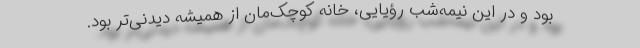
بود و در این نیمه‌شب رؤیایی، خانه کوچک‌مان از همیشه دیدنی‌تر بود.